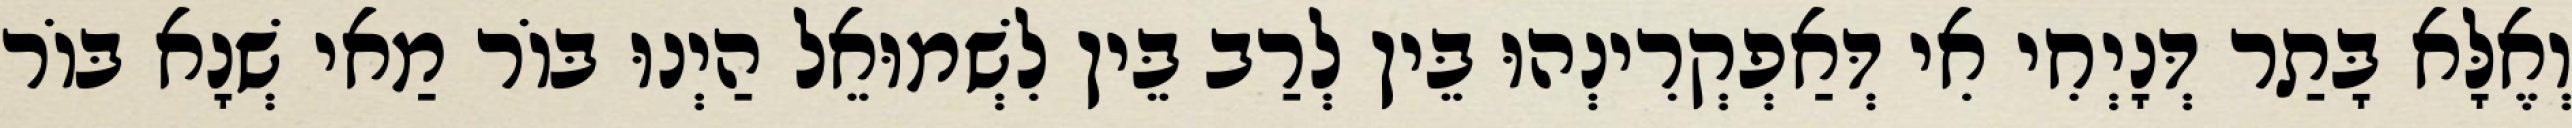
וְאֶלָּא בָּתַר דְּנָיְחִי אִי דְּאַפְקְרִינְהוּ בֵּין לְרַב בֵּין לִשְׁמוּאֵל הַיְנוּ בּוֹר מַאי שְׁנָא בּוֹר